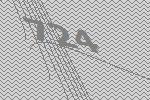
724